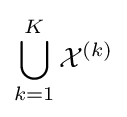
\bigcup _{k=1}^{K}{\mathcal {X}}^{(k)}